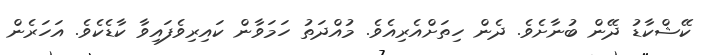
ކޭޝްކާޑު ދޭން ބުނާށެވެ. ދެން ހިތަށްއެރިއެވެ. މުއްދަތު ހަމަވާން ކައިރިވެފައިވާ ކާޑެކެވެ. އަހަރެން